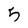
Character: 5